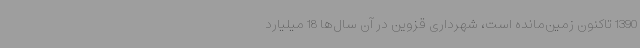
1390 تاکنون زمین‌مانده است، شهرداری قزوین در آن سال‌ها 18 میلیارد